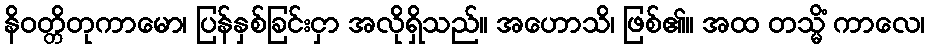
နိဝတ္တိတုကာမော၊ ပြန်နှစ်ခြင်းငှာ အလိုရှိသည်။ အဟောသိ၊ ဖြစ်၏။ အထ တသ္မိံ ကာလေ၊